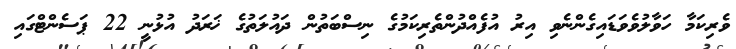
ވެރިކަމާ ހަވާލުވެވަޑައިގެންނެވި އިރު އުފެއްދުންތެރިކަމުގެ ނިސްބަތުން ދައުލަތުގެ ޚަރަދު އުޅުނީ 22 ޕަސެންޓްގައި